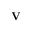
\mathbf { V }